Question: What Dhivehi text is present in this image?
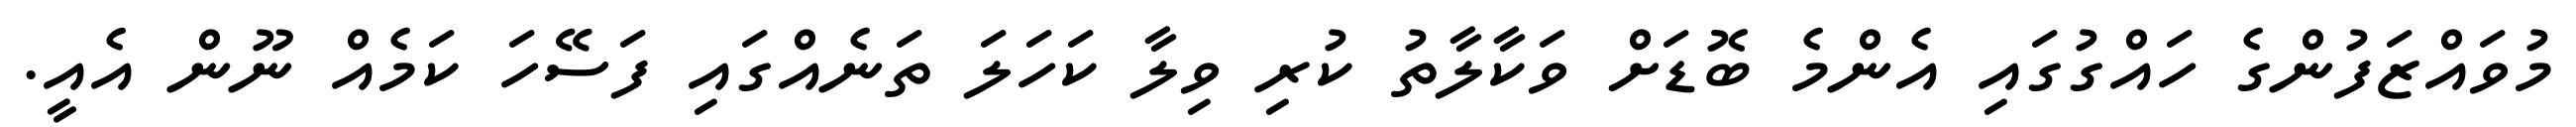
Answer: މުވައްޒަފުންގެ ހައްގުގައި އެންމެ ބޮޑަށް ވަކާލާތު ކުރި ވިލާ ކަހަލަ ތަނެއްގައި ފަސޭހަ ކަމެއް ނޫން އެއީ.